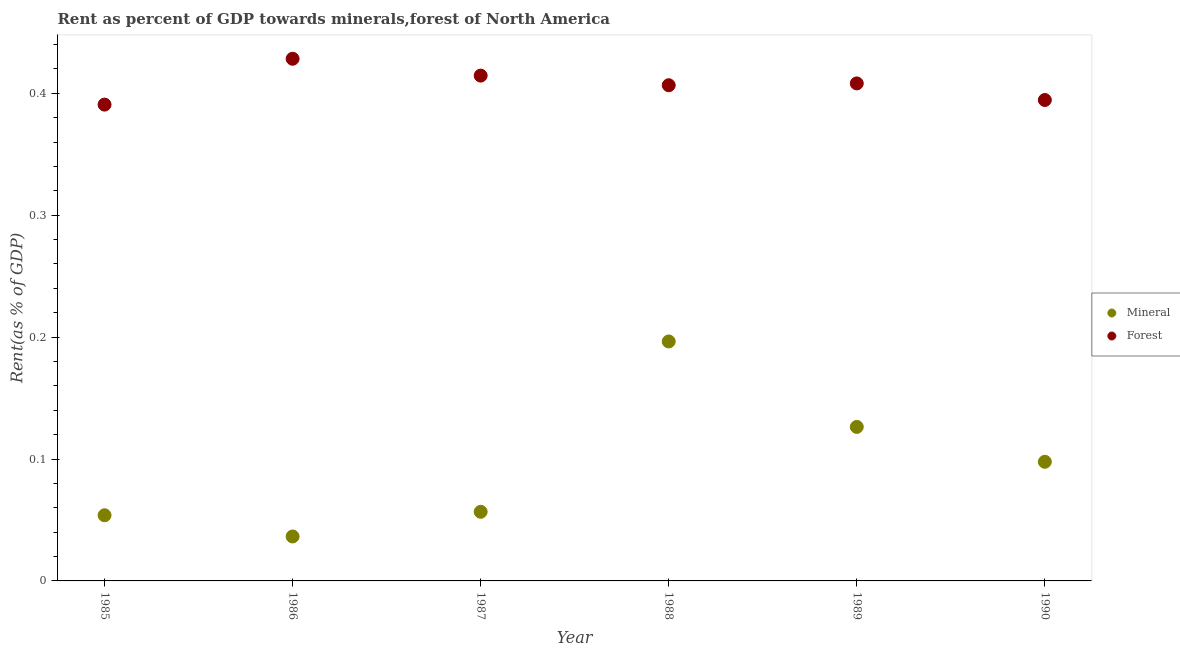
| Year | Mineral | Forest |
 | --- | --- | --- |
 | 1985 | 0.0539 | 0.391 |
 | 1986 | 0.0365 | 0.428 |
 | 1987 | 0.0567 | 0.415 |
 | 1988 | 0.196 | 0.407 |
 | 1989 | 0.126 | 0.408 |
 | 1990 | 0.0977 | 0.395 |